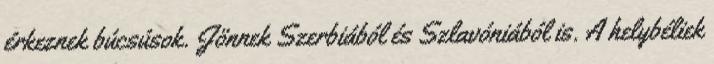
érkeznek búcsúsok. Jönnek Szerbiából és Szlavóniából is. A helybéliek